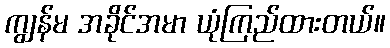
ကျွန်မ အခိုင်အမာ ယုံကြည်ထားတယ်။